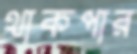
থাকপার